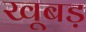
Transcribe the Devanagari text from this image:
खूबड़